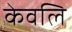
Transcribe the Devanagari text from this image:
केवलि